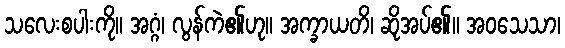
သလေးစပါးကို။ အဂ္ဂံ၊ လွန်ကဲ၏ဟု။ အက္ခာယတိ၊ ဆိုအပ်၏။ အဝသေသာ၊